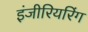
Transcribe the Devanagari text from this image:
इंजीरियरिंग